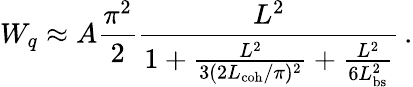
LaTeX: W_{q}\approx A\frac{\pi^{2}}{2}\frac{L^{2}}{1+\frac{L^{2}}{3(2L_{\mathrm{coh}}/\pi)^{2}}+\frac{L^{2}}{6L_{\mathrm{bs}}^{2}}}\, .